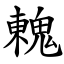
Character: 䰤